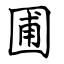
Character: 圃